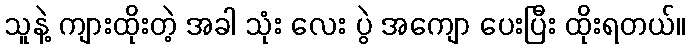
သူနဲ့ ကျားထိုးတဲ့ အခါ သုံး လေး ပွဲ အကျော ပေးပြီး ထိုးရတယ်။